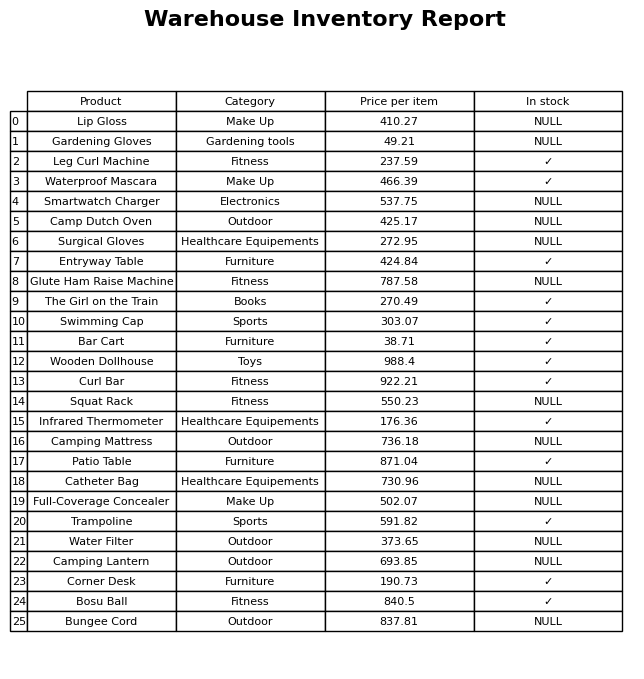
question: Is the Catheter Bag in stock?
answer: NULL